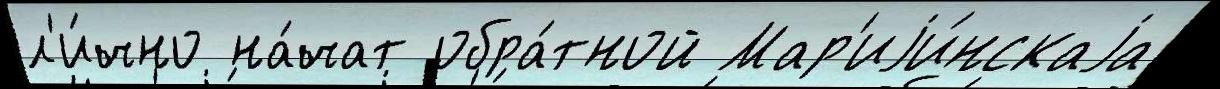
л'и́чно на́чат обра́тной Мар'иjи́нскаjа